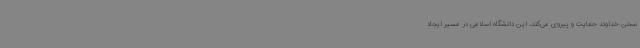
سخن خداوند حمایت و پیروی می‌کند، این دانشگاه اسلامی در مسیر ایجاد